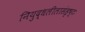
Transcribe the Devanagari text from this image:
नियुद्धलीलासंहृष्टः